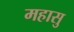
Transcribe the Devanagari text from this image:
महासु